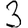
Digit: 3